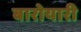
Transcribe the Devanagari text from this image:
बारोयारी